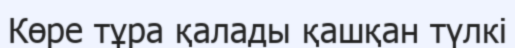
Көре тұра қалады қашқан түлкі